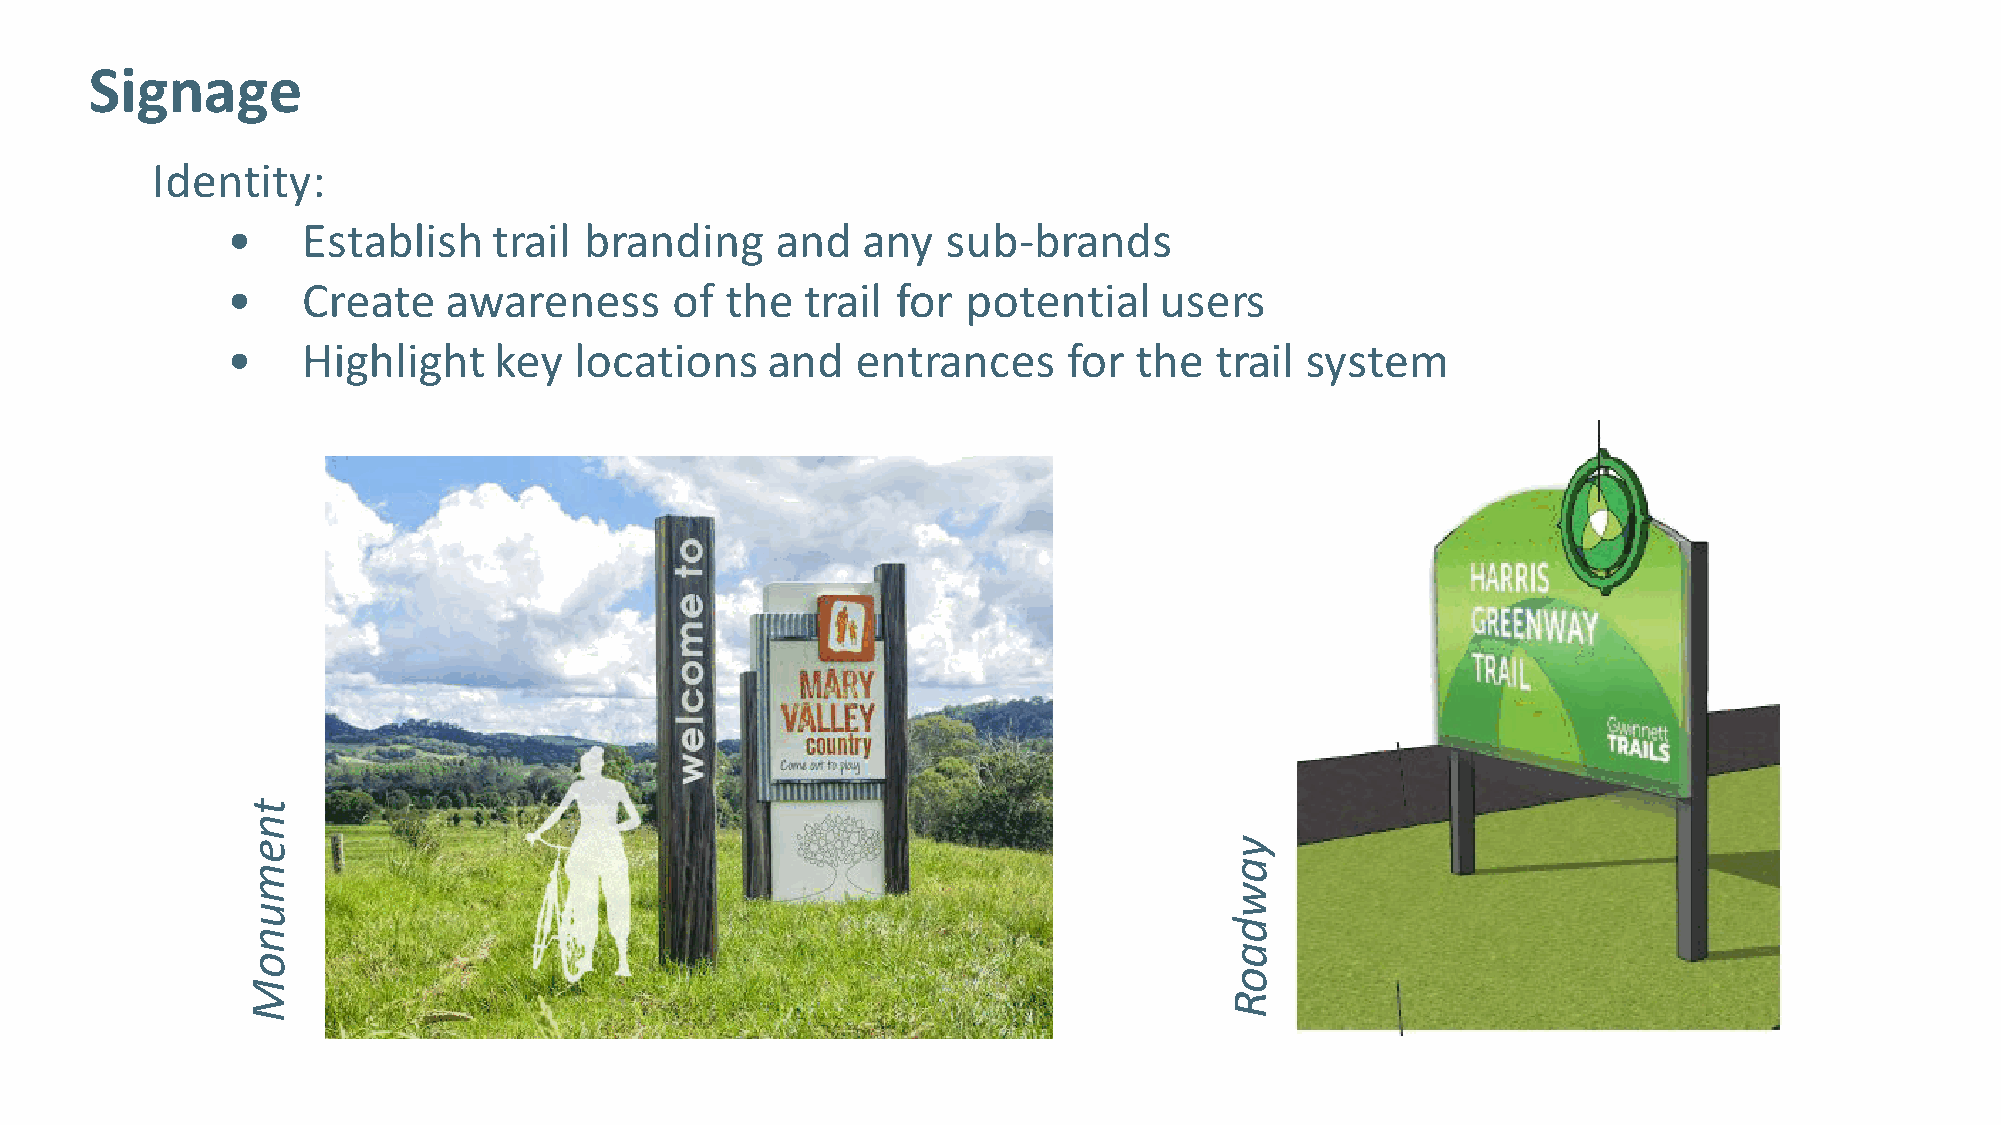
Signage
 Identity:
 •    Establish    trail branding    and   any   sub-brands
 •    Create   awareness      of  the  trail for  potential    users
 •    Highlight    key  locations    and   entrances     for the  trail system
 tnemunoM
 yawdaoR